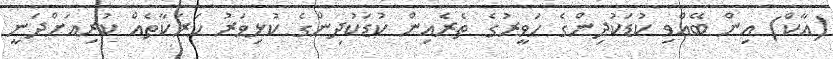
(އާކް) އިން ބޭއްވި ކުޑަކުދިންގެ ހަވީރުގެ ތެރެއިން ކުޑަކުދިންގެ ކުޅިވަރު ހަރަކާތެއް ކުރިއަށްދަނީ